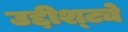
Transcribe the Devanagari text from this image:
उद्दीश्ट्ये